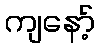
ကျနော့်